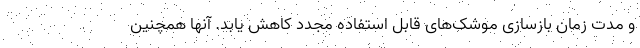
و مدت زمان بازسازی موشک‌های قابل استفاده مجدد کاهش یابد. آنها همچنین